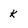
Character: k